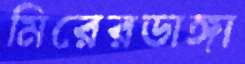
মিরেরডাঙ্গা